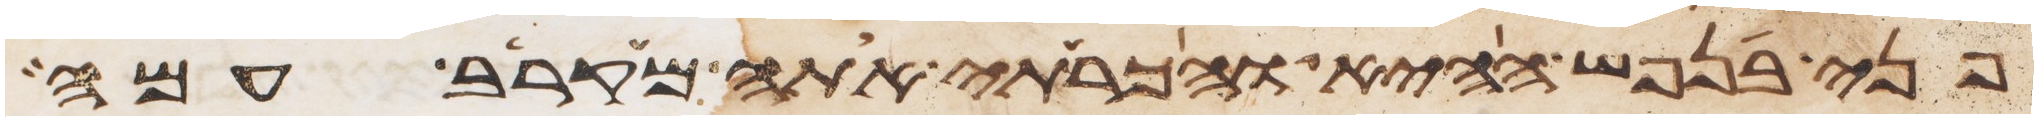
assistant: פני בנפש ההיא והכרתי אתה מקרב עמה